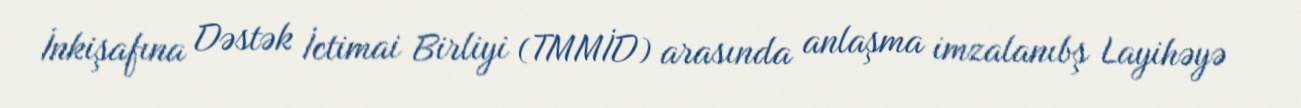
İnkişafına Dəstək İctimai Birliyi (TMMİD) arasında anlaşma imzalanıbş Layihəyə